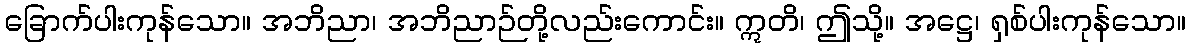
ခြောက်ပါးကုန်သော။ အဘိညာ၊ အဘိညာဉ်တို့လည်းကောင်း။ ဣတိ၊ ဤသို့။ အဋ္ဌေ၊ ရှစ်ပါးကုန်သော။